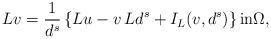
\begin{align*}Lv=\frac{1}{d^s}\left\{Lu-v\,Ld^s+I_L(v,d^s)\right\}\textrm{in}\Omega,\end{align*}